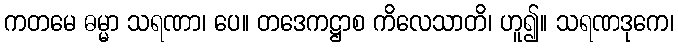
ကတမေ ဓမ္မာ သရဏာ၊ ပေ။ တဒေကဋ္ဌာစ ကိလေသာတိ၊ ဟူ၍။ သရဏဒုကေ၊